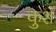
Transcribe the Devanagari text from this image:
कुशं